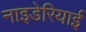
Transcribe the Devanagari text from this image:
नाइडेरियाई